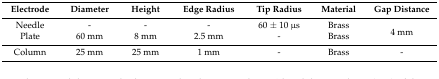
<table><thead><tr><td><b>Electrode</b></td><td><b>Diameter</b></td><td><b>Height</b></td><td><b>Edge Radius</b></td><td><b>Tip Radius</b></td><td><b>Material</b></td><td><b>Gap Distance</b></td></tr></thead><tbody><tr><td>Needle</td><td>-</td><td>-</td><td>-</td><td>60 ± 10 μs</td><td>Brass</td><td rowspan="2">4 mm</td></tr><tr><td>Plate</td><td>60 mm</td><td>8 mm</td><td>2.5 mm</td><td>-</td><td>Brass</td></tr><tr><td>Column</td><td>25 mm</td><td>25 mm</td><td>1 mm</td><td>-</td><td>Brass</td><td>-</td></tr></tbody></table>